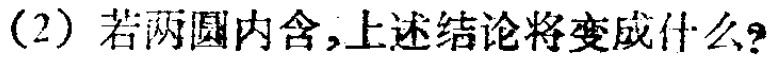
(2) 若两圆内含,上述结论将变成什么?